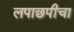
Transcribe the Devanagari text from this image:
लपाछपीचा